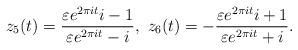
LaTeX: \begin{align*}z_5(t) = \dfrac{\varepsilon e^{2 \pi i t} i - 1}{ \varepsilon e^{2 \pi i t} - i },\ z_6(t) = -\dfrac{\varepsilon e^{2 \pi i t} i + 1}{ \varepsilon e^{2 \pi i t} + i }.\end{align*}